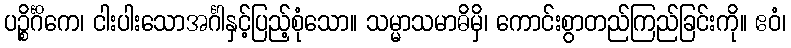
ပဉ္စိင်္ဂိကေ၊ ငါးပါးသောအင်္ဂါနှင့်ပြည့်စုံသော။ သမ္မာသမာဓိမှိ၊ ကောင်းစွာတည်ကြည်ခြင်းကို။ ဧဝံ၊